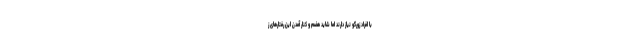
با افراد زورگو نیاز دارند اما شاید هضم و کنار آمدن این رفتارهای ز